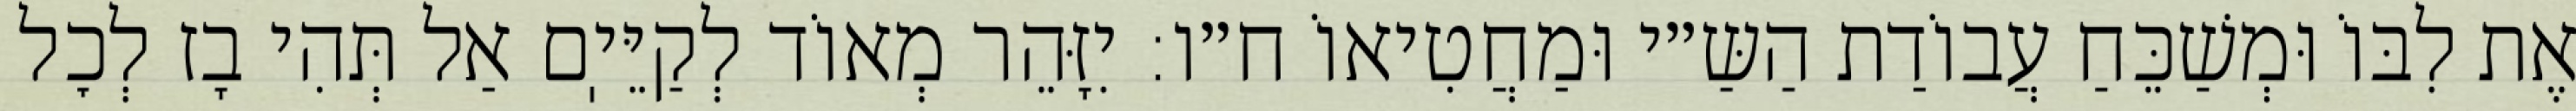
אֶת לִבּוֹ וּמְשַׁכֵּחַ עֲבוֹדַת הַשַּ״י וּמַחֲטִיאוֹ ח״ו: יִזָּהֵר מְאוֹד לְקַיֵּיֽם אַל תְּהִי בָז לְכׇל